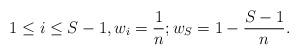
LaTeX: \begin{align*}1\leq i \leq S-1, w_i = \frac{1}{n}; w_S = 1- \frac{S-1}{n}. \end{align*}